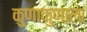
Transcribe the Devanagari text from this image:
कुणाकुणाला